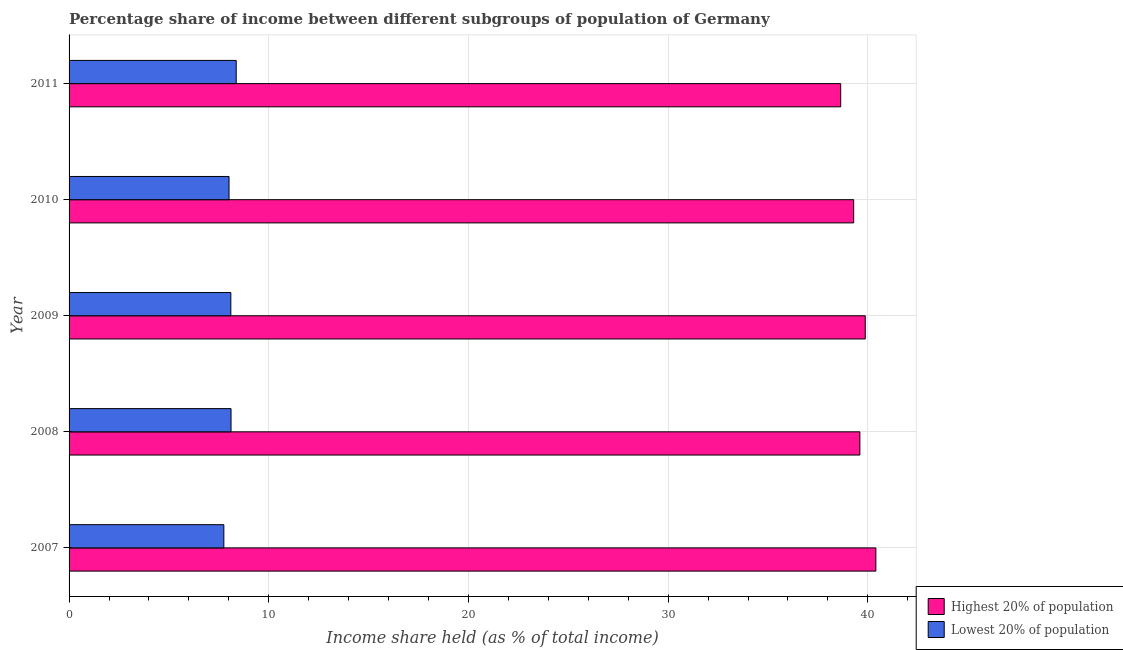
| Year | Highest 20% of population | Lowest 20% of population |
 | --- | --- | --- |
 | 2007 | 40.4 | 7.75 |
 | 2008 | 39.6 | 8.11 |
 | 2009 | 39.9 | 8.1 |
 | 2010 | 39.3 | 8.01 |
 | 2011 | 38.6 | 8.37 |